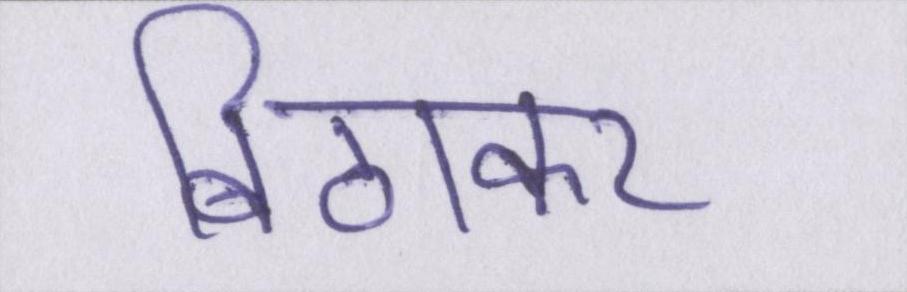
बिठाकर